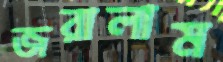
জরালাম